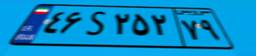
۶۵S۱۰۰۲۳